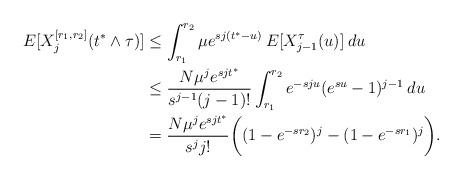
LaTeX: \begin{align*}E[X_j^{[r_1, r_2]}(t^* \wedge \tau)] &\leq \int_{r_1}^{r_2} \mu e^{sj(t^* - u)} \: E[X_{j-1}^{\tau}(u)] \: du \\&\leq \frac{N \mu^j e^{sjt^*}}{s^{j-1}(j-1)!} \int_{r_1}^{r_2} e^{-sju} (e^{su} - 1)^{j-1} \: du \\&= \frac{N \mu^j e^{sjt^*}}{s^j j!} \bigg( (1 - e^{-s r_2})^j - (1 - e^{-sr_1})^j \bigg).\end{align*}